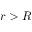
r > R